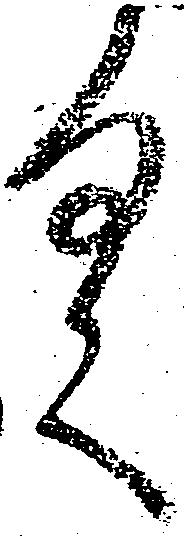
具